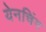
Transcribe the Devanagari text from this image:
येनचिंग